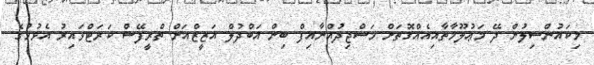
މިކައުންސިލުން ދޭ މަޢުލޫމާތާއިއެއްގޮތަށް މަސްޖިދުއްނާއިފް ބިން އަބްދުލް އަޒީޒްއަށް ތްރީފޭސް ކަރަޓްވައިރު އެޅުމުގެ